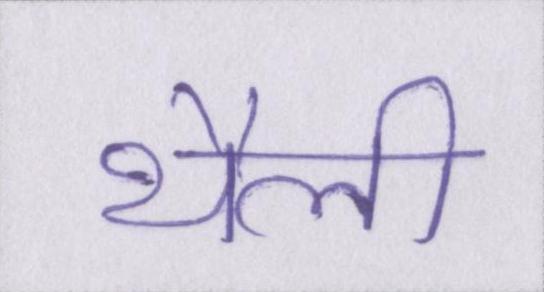
थैली